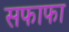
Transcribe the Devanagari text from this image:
सफाफा